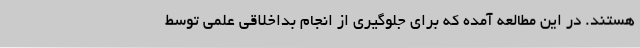
هستند. در این مطالعه آمده که برای جلوگیری از انجام بداخلاقی علمی توسط